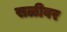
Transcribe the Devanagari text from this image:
सळीवर